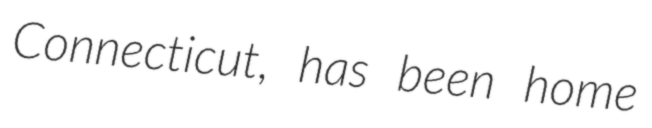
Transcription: Connecticut, has been home